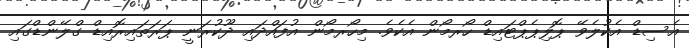
އެސިޑް އެކުލެވޭ ޕޮލިޕެޕްޓައިޑް ހޯރމޯން އެކެވެ. މިހޯރމޯން އުފައްދައި ދޫކުރަނީ ޕަރަތައިރޮއިޑް ގްލޭންޑްގައި